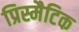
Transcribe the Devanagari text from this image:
प्रिस्मैटिक